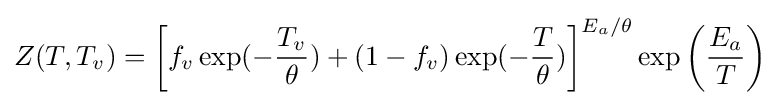
Z(T,T_{v})=\left[f_{v}\exp(-{\frac {T_{v}}{\theta }})+(1-f_{v})\exp(-{\frac {T}{\theta }})\right]^{E_{a}/\theta }\exp \left({\frac {E_{a}}{T}}\right)